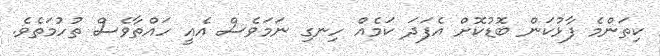
ކިތަންމެ ފާޅުކަން ބޮޑުކޮށް އެފަދަ ކަމެއް ހިނގި ނަމަވެސް އެއީ ހައްތާވެސް ތުހުމަތެވެ.